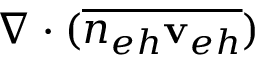
\nabla \cdot ( \overline { { n _ { e h } { { \bf v } _ { e h } } } } )